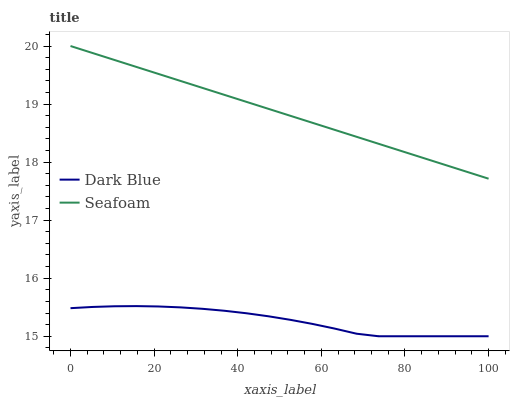
| xaxis_label | Dark Blue | Seafoam |
 | --- | --- | --- |
 | 0 | 15.5 | 20 |
 | 5.26 | 15.5 | 19.9 |
 | 10.5 | 15.5 | 19.8 |
 | 15.8 | 15.5 | 19.6 |
 | 21.1 | 15.5 | 19.5 |
 | 26.3 | 15.5 | 19.4 |
 | 31.6 | 15.5 | 19.3 |
 | 36.8 | 15.4 | 19.2 |
 | 42.1 | 15.4 | 19 |
 | 47.4 | 15.3 | 18.9 |
 | 52.6 | 15.3 | 18.8 |
 | 57.9 | 15.2 | 18.7 |
 | 63.2 | 15.1 | 18.6 |
 | 68.4 | 15 | 18.4 |
 | 73.7 | 15 | 18.3 |
 | 78.9 | 15 | 18.2 |
 | 84.2 | 15 | 18.1 |
 | 89.5 | 15 | 18 |
 | 94.7 | 15 | 17.8 |
 | 100 | 15 | 17.7 |